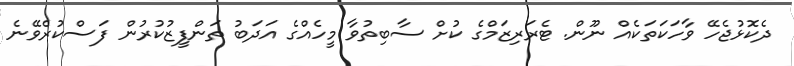
ދެކޮޅުޖެހޭ ވާހަކަތަކެއް ނޫން. ޓެރަރިޒަމްގެ ކުށް ސާބިތުވާ މީހެއްގެ އަދަބު ތަންފީޒުކުރުން ފަސްކުރެވޭނެ